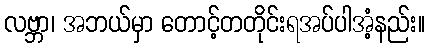
လဗ္ဘာ၊ အဘယ်မှာ တောင့်တတိုင်းရအပ်ပါအံ့နည်း။